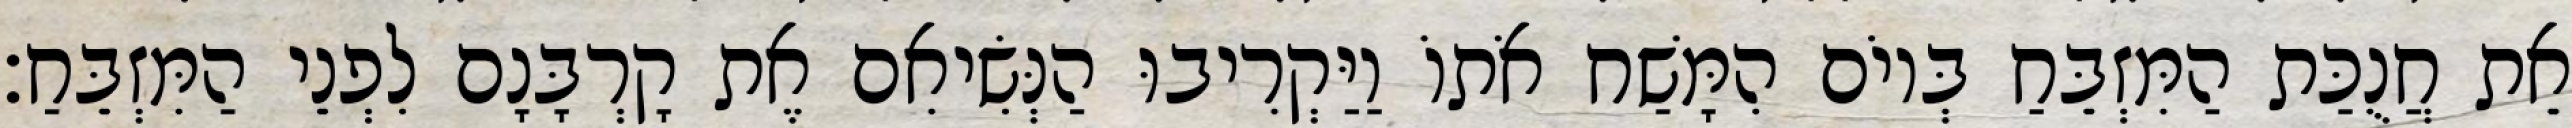
אֵת חֲנֻכַּת הַמִּזְבֵּחַ בְּיוֹם הִמָּשַׁח אֹתוֹ וַיַּקְרִיבוּ הַנְּשִׂיאִם אֶת קָרְבָּנָם לִפְנֵי הַמִּזְבֵּחַ׃